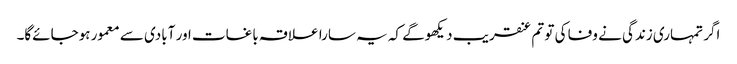
اگر تمہاری زندگی نے وفا کی تو تم عنقریب دیکھوگے کہ یہ سارا علاقہ باغات اور آبادی سے معمور ہوجائےگا۔